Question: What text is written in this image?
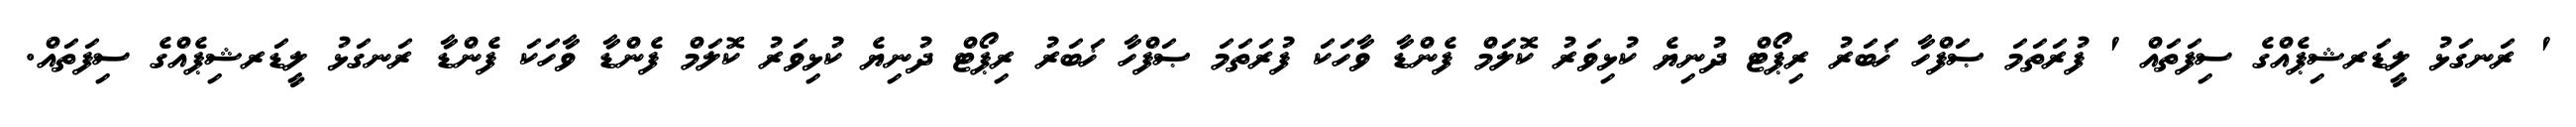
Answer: ' ރަނގަޅު ލީޑަރޝިޕެއްގެ ސިފަތައް ' ފުރަތަމަ ޞަފްހާ ޚަބަރު ރިޕޯޓް ދުނިޔެ ކުޅިވަރު ކޮލަމް ފެންޑާ ވާހަކަ ފުރަތަމަ ޞަފްހާ ޚަބަރު ރިޕޯޓް ދުނިޔެ ކުޅިވަރު ކޮލަމް ފެންޑާ ވާހަކަ ފެންޑާ ރަނގަޅު ލީޑަރޝިޕެއްގެ ސިފަތައް.